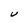
Character: U